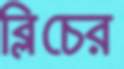
ব্লিচের